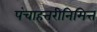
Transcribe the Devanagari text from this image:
पंचाहत्तरीनिमित्त